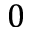
0